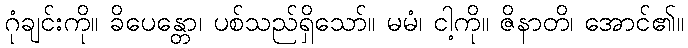
ဂုံချင်းကို။ ခိပေန္တော၊ ပစ်သည်ရှိသော်။ မမံ၊ ငါ့ကို။ ဇိနာတိ၊ အောင်၏။